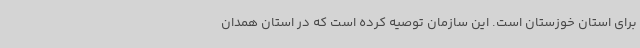
برای استان خوزستان است. این سازمان توصیه کرده است که در استان همدان